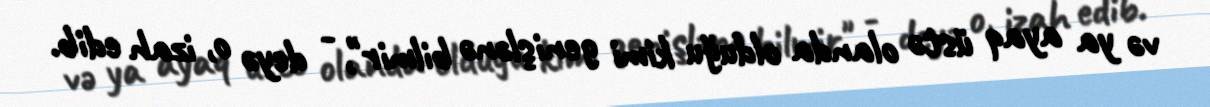
və ya ayaq üstə olanda olduğu kimi genişlənə bilmir", - deyə o, izah edib.